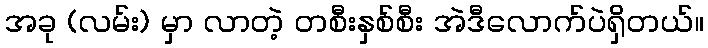
အခု (လမ်း) မှာ လာတဲ့ တစီးနှစ်စီး အဲဒီလောက်ပဲရှိတယ်။